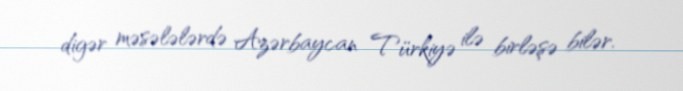
digər məsələlərdə Azərbaycan Türkiyə ilə birləşə bilər.